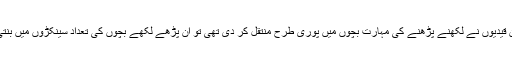
اگر اُن قیدیوں نے لکھنے پڑھنے کی مہارت بچوں میں پوری طرح منتقل کر دی تھی تو ان پڑھے لکھے بچوں کی تعداد سینکڑوں میں بنتی ہے۔